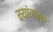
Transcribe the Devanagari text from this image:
स्यांमतक